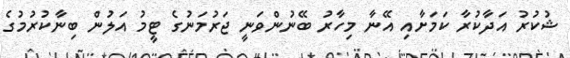
ޝުކުރު އަދާކުރާ ކަމަށާއި އޭނާ މިހާރު ބޭނުންވަނީ ޖަރުމަނުގެ ޓީމު އަލުން ބިނާކުރުމުގެ